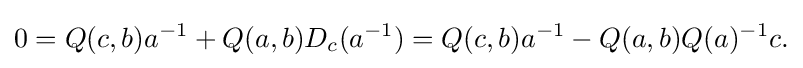
\displaystyle {0=Q(c,b)a^{-1}+Q(a,b)D_{c}(a^{-1})=Q(c,b)a^{-1}-Q(a,b)Q(a)^{-1}c.}